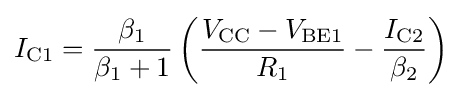
I_{\text{C1}}={\frac {\beta _{1}}{\beta _{1}+1}}\left({\frac {V_{\text{CC}}-V_{\text{BE1}}}{R_{1}}}-{\frac {I_{\text{C2}}}{\beta _{2}}}\right)